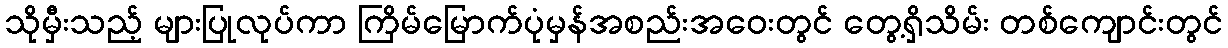
သိုမှီးသည့် များပြုလုပ်ကာ ကြိမ်မြောက်ပုံမှန်အစည်းအဝေးတွင် တွေ့ရှိသိမ်း တစ်ကျောင်းတွင်